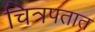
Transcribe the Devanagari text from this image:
चित्रपतात